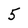
Character: 5